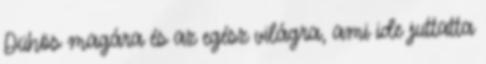
Dühös magára és az egész világra, ami ide juttatta